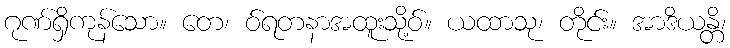
ဂုဏ်ရှိကုန်သော။ တေ၊ ဝ်ရတနာအထူးသို့ဝ်။ ယထာသု၊ တိုင်း။ အာဒိယန္တိ၊